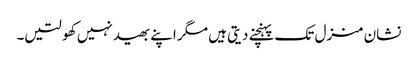
نشان منزل تک پہنچنے دیتی ہیں مگر اپنے بھید نہیں کھولتیں۔